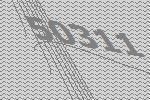
50311